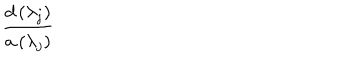
LaTeX: \frac { d \left( \lambda _ { j } \right) } { a \left( \lambda _ { j } \right) }